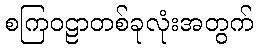
စကြဝဠာတစ်ခုလုံးအတွက်